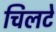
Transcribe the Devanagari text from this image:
चिलटे